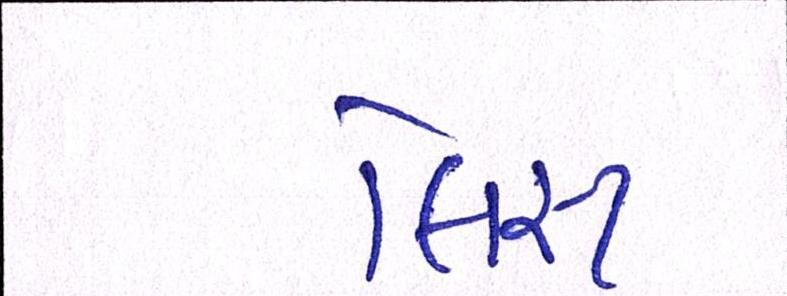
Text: લિસ્ટ